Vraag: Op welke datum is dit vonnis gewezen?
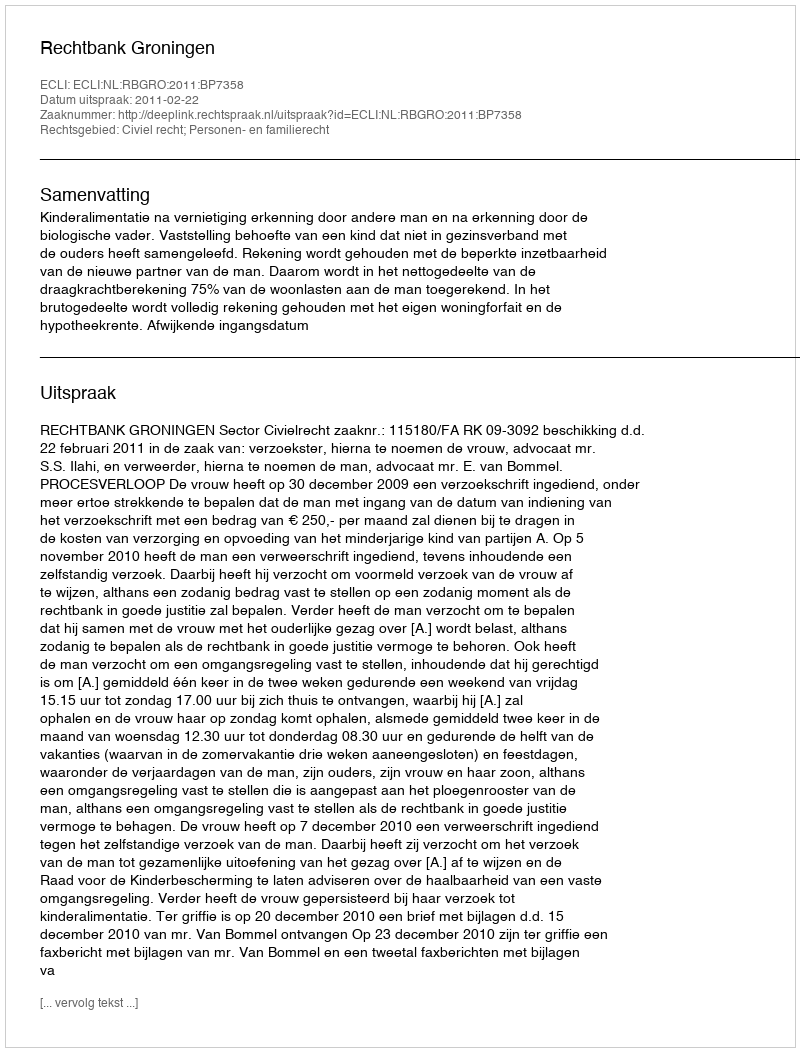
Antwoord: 2011-02-22